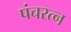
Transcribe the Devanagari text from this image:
पंचरत्‍न